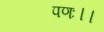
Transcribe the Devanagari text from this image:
पणः।।